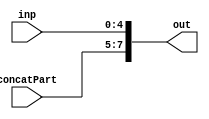
`timescale 1ps/1ps
module Concatenator (
    inp,
    concatPart,
    out
    );
    parameter NINP = 5;
    parameter NCONCATPART = 3;
    input [NINP-1:0]inp;
    input [NCONCATPART-1:0] concatPart;
    output [NCONCATPART+NINP-1:0]out;
    assign out = {concatPart, inp};
endmodule